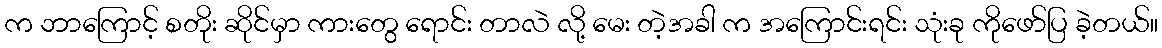
က ဘာကြောင့် စတိုး ဆိုင်မှာ ကားတွေ ရောင်း တာလဲ လို့ မေး တဲ့အခါ က အကြောင်းရင်း သုံးခု ကိုဖော်ပြ ခဲ့တယ်။